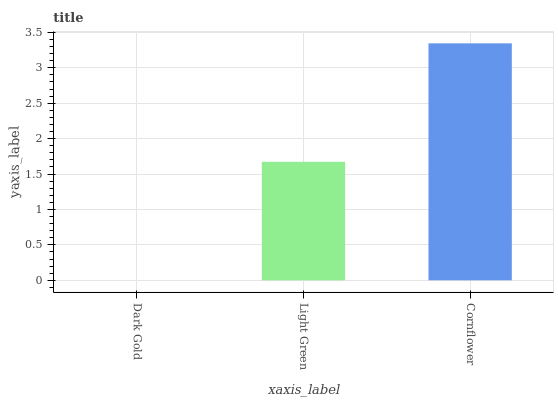
| xaxis_label | bars |
 | --- | --- |
 | Dark Gold | 0 |
 | Light Green | 1.67 |
 | Cornflower | 3.34 |